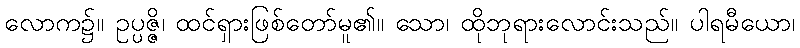
လောက၌။ ဥပ္ပဇ္ဇိ၊ ထင်ရှားဖြစ်တော်မူ၏။ သော၊ ထိုဘုရားလောင်းသည်။ ပါရမီယော၊